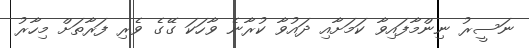
ނަސީރު ނިންމާފައިވާ ކަމަށާއި ދައުވާ ކުރާނެ ވާހަކަ ގޭގެ ވެރި ފަރާތަށް މިހާރު